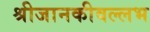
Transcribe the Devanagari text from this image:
श्रीजानकीवल्लभ